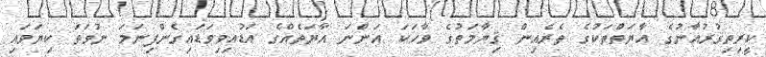
ކީރިތިޤުރުއާނުގެ އާޔަތްތަކުގެ ތެރެއިން ޤިޔާމަތުގެ ވާހަކަ އަންނަ އާޔަތެއްގެ އަޑުއިވިވަޑައިގެންފިނަމަ ނުވަތަ ކިޔަވައި